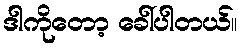
ဒါကိုတော့ ခေါ်ပါတယ်။